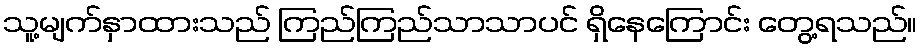
သူ့မျက်နှာထားသည် ကြည်ကြည်သာသာပင် ရှိနေကြောင်း တွေ့ရသည်။